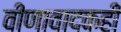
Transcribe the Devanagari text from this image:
वीणावादकही